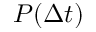
P ( \Delta t )